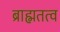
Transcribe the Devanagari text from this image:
ब्राह्मतत्व